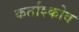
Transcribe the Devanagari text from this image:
कर्ताश्कोव